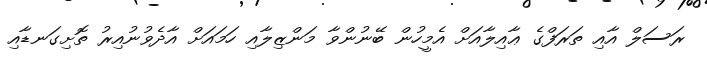
ރަސަލް އާއި ތަރަފްގެ ޢާއިލާއަށް އެމީހުން ބޭނުންވާ މަންޒިލާއި ހަމައަށް އާދެވުނުއިރު ތޮށިގަނޑާއި